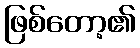
ဖြစ်တော့၏